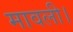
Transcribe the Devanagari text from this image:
मावली।